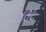
૧૪૭૯